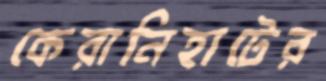
কেরানিহাটের